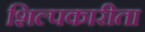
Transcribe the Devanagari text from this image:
शिल्पकारीता